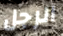
الرجل